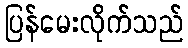
ပြန်မေးလိုက်သည်